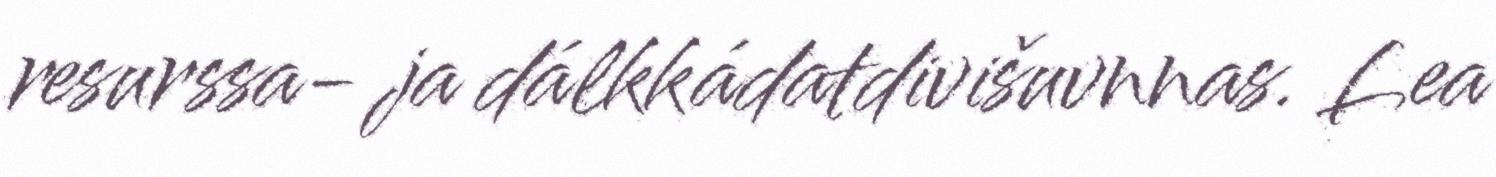
resurssa- ja dálkkádatdivišuvnnas. Lea